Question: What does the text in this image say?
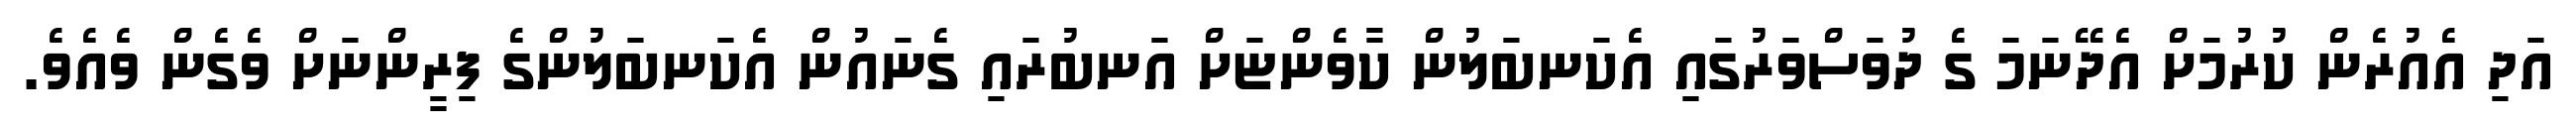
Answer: އަދި އެއުރެން ކުރުމަށް އެދޭނަމަ ގެ ދުވަސްވަރުގައި އެކަނބަލުން ކާވެންޏަށް އަނބުރައި ގެނައުން އެކަނބަލުންގެ ފިރީންނަށް ވެގެން ވެއެވެ.